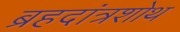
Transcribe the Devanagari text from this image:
ब्रहदांत्रशोथ